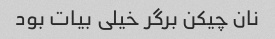
نان چیکن برگر خیلی بیات بود